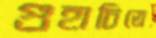
গুহাচিত্রে